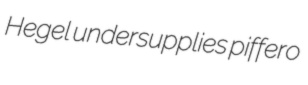
Hegel undersupplies piffero